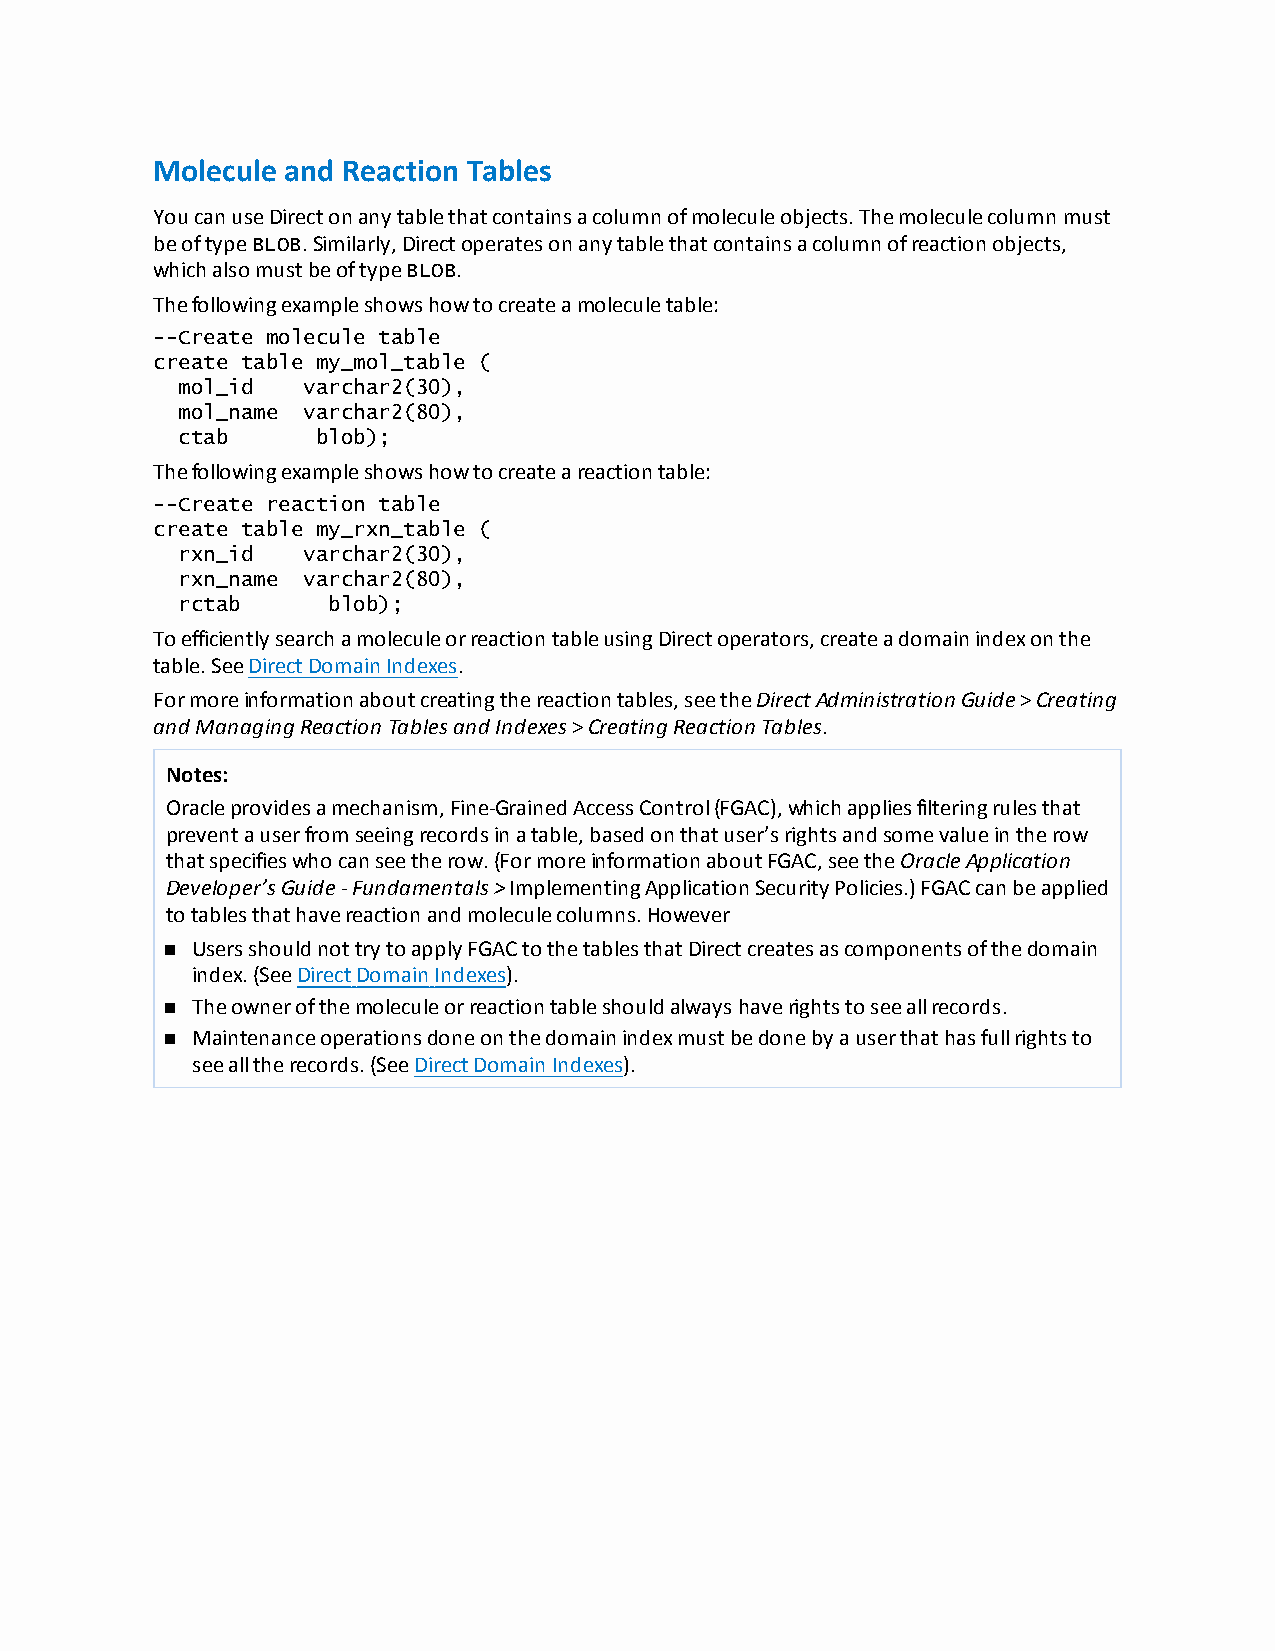
Molecule and Reaction Tables
 YoucanuseDirectonanytablethatcontainsacolumnofmoleculeobjects.Themoleculecolumnmust
 beoftypeBLOB.Similarly,Directoperatesonanytablethatcontainsacolumnofreactionobjects,
 whichalsomustbeoftypeBLOB.
 Thefollowingexampleshowshowtocreateamoleculetable:
 --Create molecule table
 create table my_mol_table (
 mol_id  varchar2(30),
 mol_name varchar2(80),
 ctab     blob);
 Thefollowingexampleshowshowtocreateareactiontable:
 --Create reaction table
 create table my_rxn_table (
 rxn_id  varchar2(30),
 rxn_name varchar2(80),
 rctab     blob);
 ToefficientlysearchamoleculeorreactiontableusingDirectoperators,createadomainindexonthe
 table.SeeDirectDomainIndexes.
 Formoreinformationaboutcreatingthereactiontables,seetheDirectAdministrationGuide>Creating
 andManagingReactionTablesandIndexes>CreatingReactionTables.
 Notes:
 Oracleprovidesamechanism,Fine-GrainedAccessControl(FGAC),whichappliesfilteringrulesthat
 preventauserfromseeingrecordsinatable,basedonthatuser’srightsandsomevalueintherow
 thatspecifieswhocanseetherow.(FormoreinformationaboutFGAC,seetheOracleApplication
 Developer’sGuide-Fundamentals>ImplementingApplicationSecurityPolicies.)FGACcanbeapplied
 totablesthathavereactionandmoleculecolumns.However
 n UsersshouldnottrytoapplyFGACtothetablesthatDirectcreatesascomponentsofthedomain
 index.(SeeDirectDomainIndexes).
 n Theownerofthemoleculeorreactiontableshouldalwayshaverightstoseeallrecords.
 n Maintenanceoperationsdoneonthedomainindexmustbedonebyauserthathasfullrightsto
 seealltherecords.(SeeDirectDomainIndexes).